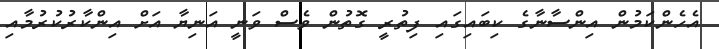
އެހެންކަމުން އިންސާނާގެ ކިބައިގައި ފިތުރީ ގޮތުން ވެސް ވަނީ އަނިޔާ އަށް އިންކާރުކުރުމާއި